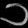
Digit: ၁